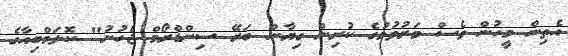
އެތިން މީހުން ވެސް މަރުވުމުގެ ކުރިން ގިޔާން ބަރޭ ސިންޑްރޯމް ޖެހުނު" ކޮލަމްބިއާގެ